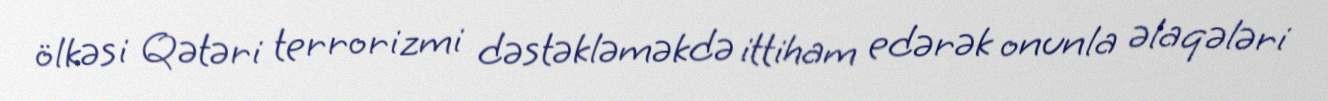
ölkəsi Qətəri terrorizmi dəstəkləməkdə ittiham edərək onunla əlaqələri